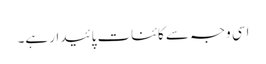
اسی وجہ سے کائنات پائیدار ہے۔